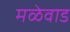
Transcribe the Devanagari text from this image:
मळेवाड